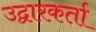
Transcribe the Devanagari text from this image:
उद्वारकर्ता